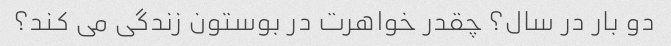
دو بار در سال؟ چقدر خواهرت در بوستون زندگی می کند؟